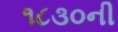
૧૮૩૦ની